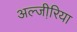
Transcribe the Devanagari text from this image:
अल्जी़रिया